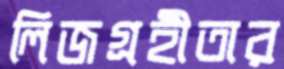
লিজগ্রহীতার